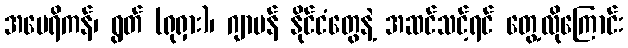
အမေရိကန်၊ ရွတ် (ရုရှား)၊ ဂျာမန် နိုင်ငံတွေနဲ့ အဆင်သင့်ရင် တွေ့လိုကြောင်း